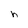
Character: h